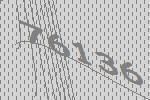
76136